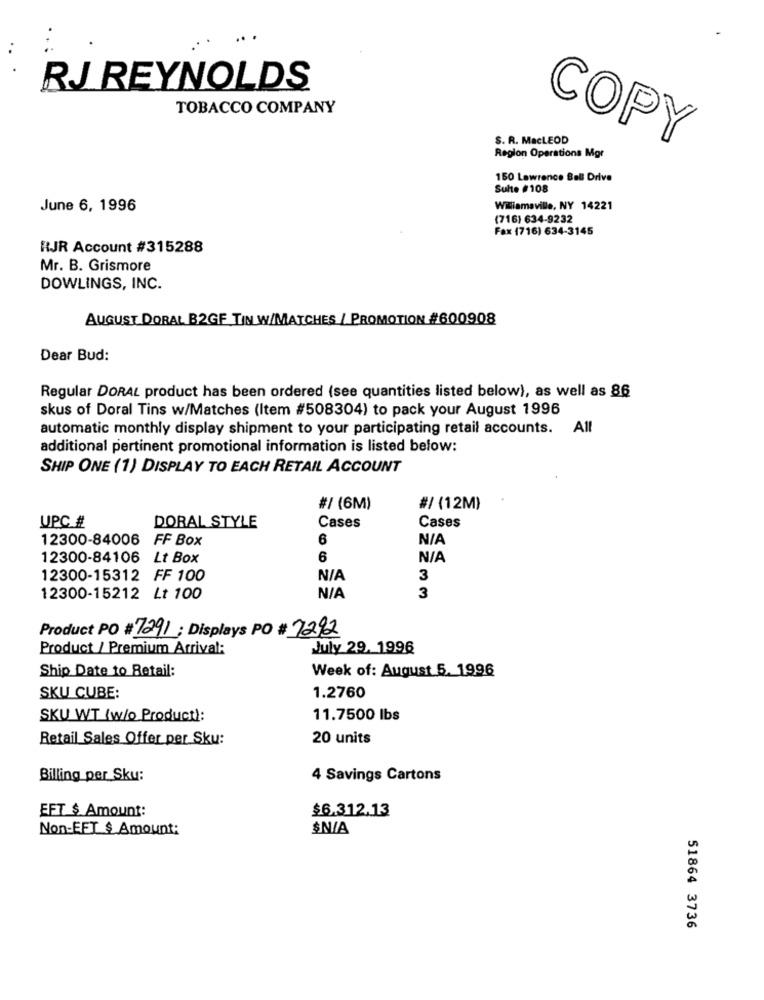
..
RJ REYNOLDS
TOBACCO COMPANY
S. R. MacLEOD
COPY
Region Operations Mgr
150 Lawrence Ball Drive
Sulte #108
June 6, 1996
Williamaville, NY 14221
(716) 634-9232
Fax (716) 634-3145
RJR Account #315288
Mr. B. Grismore
DOWLINGS, INC.
AUGUST DORAL B2GF TIN W/MATCHES / PROMOTION #600908
Dear Bud:
Regular DORAL product has been ordered (see quantities listed below), as well as 86
skus of Doral Tins w/Matches (Item #508304) to pack your August 1996
automatic monthly display shipment to your participating retail accounts.
additional pertinent promotional information is listed below:
SHIP ONE (1) DISPLAY TO EACH RETAIL ACCOUNT
#/ (6M)
#/ (12M)
UPC #
DORAL STYLE
Cases
Cases
12300-84006 FF Box
6
12300-84106 Lt Box
6
12300-15312 FF 100
3
12300-15212 Lt 100
3
Product PO # 7291; Displays PO # 7292
Product / Premium Arrival:
July 29. 1996
Ship Date to Retail:
Week of: August 5. 1996
SKU CUBE:
1.2760
SKU WT (w/o Product):
11.7500 lbs
Retail Sales Offer per Sku:
20 units
Billing per Sku:
4 Savings Cartons
EFT $ Amount:
$6.312.13
Non-EFT $ Amount:
$N/A
51864 3736